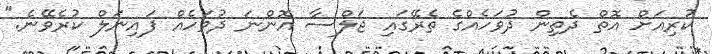
ކުރިއަށް އޮތް ދެތިން ދުވަހެއްގެ ތެރޭގައި ޖަލްސާ އޮންނަ ދުވަހެއް ފައިނަލް ކުރެވޭނެ."